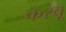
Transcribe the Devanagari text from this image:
करवू